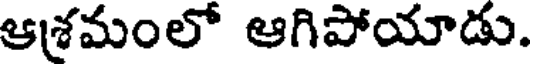
ఆశ్రమంలో ఆగిపోయాడు.